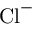
\mathrm { C l } ^ { - }